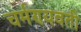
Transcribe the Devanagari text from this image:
चर्मण्यवती